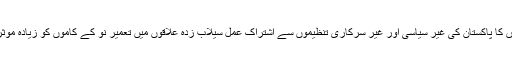
اُن کےخیال میں جرمن اداروں کا پاکستان کی غیر سیاسی اور غیر سرکاری تنظیموں سے اشتراک عمل سیلاب زدہ علاقوں میں تعمیر نو کے کاموں کو زیادہ موثر اور تیز رفتار بنا سکتا ہے۔